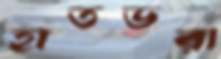
হাতভরা